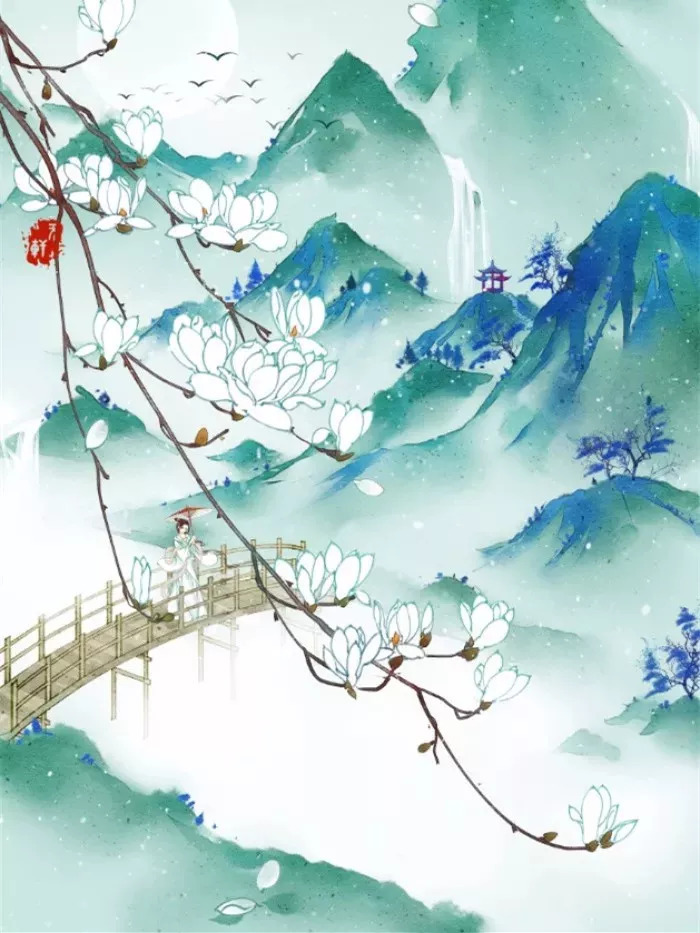
昨夜风兼雨，帘帏飒飒秋声。